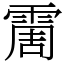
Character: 霌